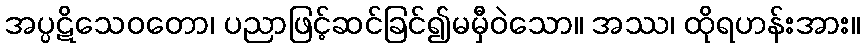
အပ္ပဋိသေဝတော၊ ပညာဖြင့်ဆင်ခြင်၍မမှီဝဲသော။ အဿ၊ ထိုရဟန်းအား။